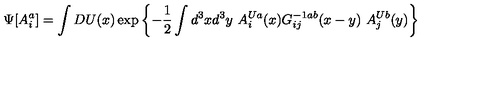
\Psi [ A _ { i } ^ { a } ] = \int D U ( x ) \exp \left\{ - { \frac { 1 } { 2 } } \int d ^ { 3 } x d ^ { 3 } y \ A _ { i } ^ { U a } ( x ) G _ { i j } ^ { - 1 a b } ( x - y ) \ A _ { j } ^ { U b } ( y ) \right\}